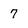
Character: 7